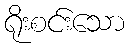
ရိုးစင်းသော